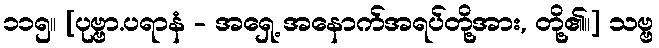
၁၁၅။ [ပုဗ္ဗာ.ပရာနံ - အရှေ့ အနောက်အရပ်တို့အား, တို့၏။] သဗ္ဗ